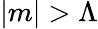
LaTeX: |m|>\Lambda